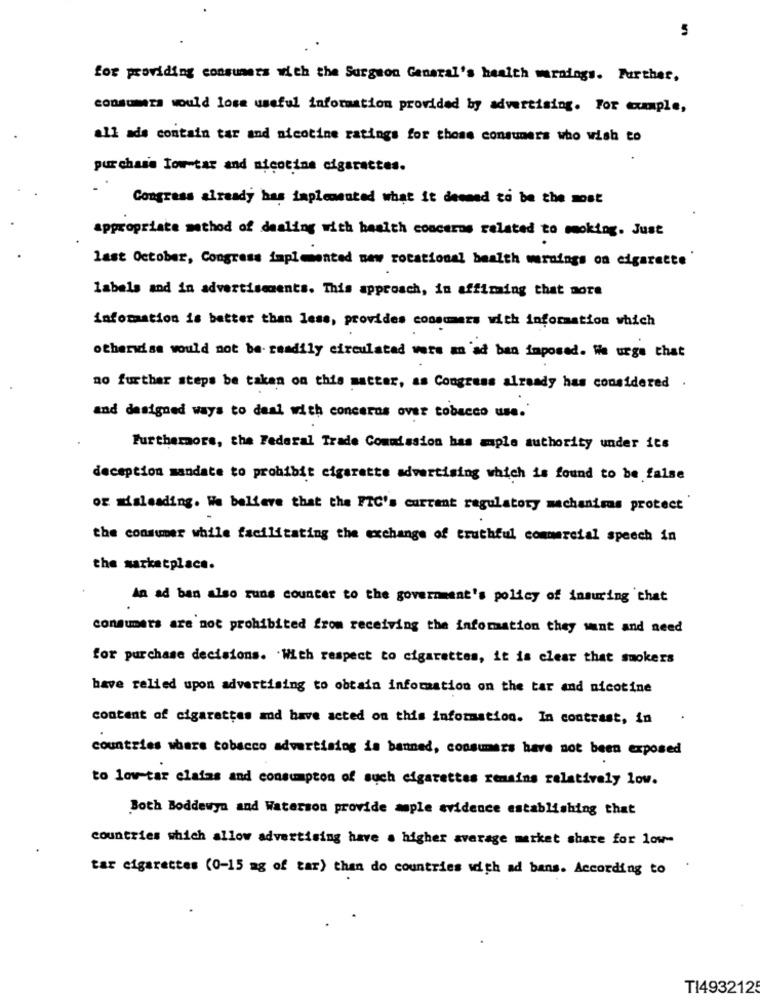
5
for providing consumers with the Surgeon General's health warnings. Further,
consumers would lose useful information provided by advertising. For cumple,
all ads contain tar and nicotine ratings for those consumers who wish to
pur chase low-tar and nicotine cigarettes.
Congress already has implemented what it demand to be the most
appropriate method of dealing with health concerns related to smoking. Just
last October, Congress implemented new rotational bealth warnings on cigarette'
labels and in advertisements. This approach, in affirming that more
information is better than less, provides consmars with information which
otherwise would not be- readily circulated wars an ad ban imposed. We urge that
no further steps be taken on this matter, as Congress already has considered .
and designed ways to deal with concerns over tobacco use.'
Furthermore, the Federal Trade Commission has ample authority under its
deception mandate to prohibit cigarette advertising which is found to be false
or misleading. We believe that the PIC's current regulatory mechanisas protect
the consumer while facilitating the exchange of truthful commercial speech in
the marketplace.
An ad ban also runs counter to the government's policy of insuring that
consumers are not prohibited from receiving the information they went and need
for purchase decisions. . With respect to cigarettes, it is clear that smokers
have relied upon advertising to obtain information on the tar and nicotine
content of cigarettes and have acted on this information. In contrast, in
countries where tobacco advertising is banned, consumers have not been exposed
to low-tar elafas and consumpton of such cigarettes remains relatively low.
Both Boddewyn and Waterson provide asple evidence establishing that
countries which allow advertising have a higher average market share for low-
tar cigarettes (0-15 ag of tar) than do countries with ad bans. According to
TI4932125